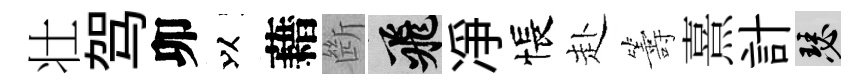
壮驾卯以藉㫁飛净悵赴籌熹計瑟